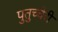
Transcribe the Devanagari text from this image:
पुतुच्चेरी